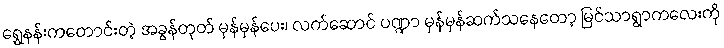
ရွှေနန်းကတောင်းတဲ့ အခွန်တုတ် မှန်မှန်ပေး၊ လက်ဆောင် ပဏ္ဍာ မှန်မှန်ဆက်သနေတော့ မြင်သာရွာကလေးကို